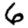
Digit: 6